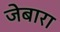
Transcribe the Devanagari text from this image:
जेबारा